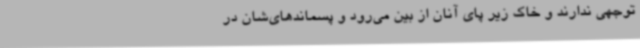
توجهی ندارند و خاک زیر پای آنان از بین می‌رود و پسماندهای‌شان در